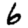
Digit: 6